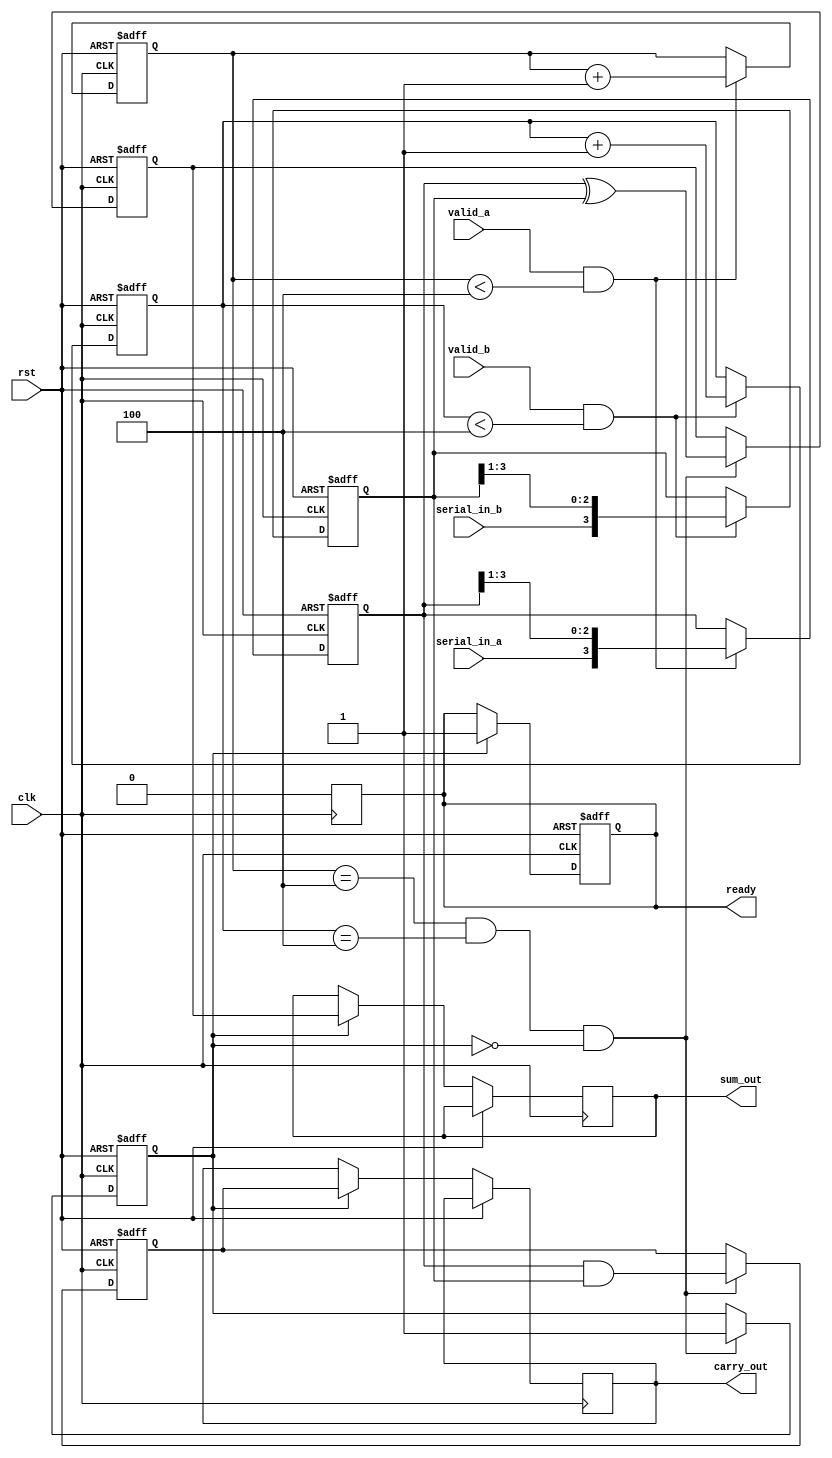
module CarrySaveAdderSerialInput #(
    parameter WIDTH = 4 // Width of the operands
)(
    input wire clk,
    input wire rst,
    input wire serial_in_a, // Serial input for operand A
    input wire serial_in_b, // Serial input for operand B
    input wire valid_a,      // Signal to indicate valid bit for A
    input wire valid_b,      // Signal to indicate valid bit for B
    output reg [WIDTH-1:0] sum_out, // Final sum output
    output reg [WIDTH-1:0] carry_out, // Final carry output
    output reg ready        // Signal to indicate output is ready
);

    reg [WIDTH-1:0] shift_a; // Shift register for operand A
    reg [WIDTH-1:0] shift_b; // Shift register for operand B
    reg [WIDTH-1:0] carry;    // Carry bits
    reg [WIDTH-1:0] sum;      // Sum bits
    reg [2:0] count_a;        // Counter for operand A
    reg [2:0] count_b;        // Counter for operand B
    reg done;                 // Flag to indicate addition is done

    // Shift registers for serial input
    always @(posedge clk or posedge rst) begin
        if (rst) begin
            shift_a <= 0;
            shift_b <= 0;
            count_a <= 0;
            count_b <= 0;
            carry <= 0;
            sum <= 0;
            ready <= 0;
            done <= 0;
        end else begin
            // Load bits for operand A
            if (valid_a && count_a < WIDTH) begin
                shift_a <= {serial_in_a, shift_a[WIDTH-1:1]};
                count_a <= count_a + 1;
            end

            // Load bits for operand B
            if (valid_b && count_b < WIDTH) begin
                shift_b <= {serial_in_b, shift_b[WIDTH-1:1]};
                count_b <= count_b + 1;
            end

            // Check if both operands are fully loaded
            if (count_a == WIDTH && count_b == WIDTH && !done) begin
                // Perform Carry Save Addition
                carry <= shift_a & shift_b; // Carry bits
                sum <= shift_a ^ shift_b;   // Sum bits
                done <= 1;                  // Indicate that addition is done
            end

            // Update output once addition is done
            if (done) begin
                sum_out <= sum;
                carry_out <= carry;
                ready <= 1; // Indicate that output is ready
            end
        end
    end

    // Reset the ready signal after reading the output
    always @(posedge clk) begin
        if (ready) begin
            ready <= 0; // Clear ready signal after it has been read
        end
    end

endmodule